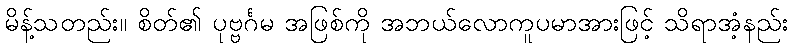
မိန့်သတည်း။ စိတ်၏ ပုဗ္ဗင်္ဂမ အဖြစ်ကို အဘယ်လောကူပမာအားဖြင့် သိရာအံ့နည်း